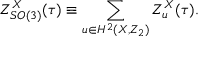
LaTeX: Z _ { S O ( 3 ) } ^ { X } ( \tau ) \equiv \sum _ { u \in H ^ { 2 } ( X , Z _ { 2 } ) } Z _ { u } ^ { X } ( \tau ) .